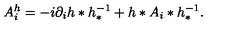
A _ { i } ^ { h } = - i \partial _ { i } h * h _ { * } ^ { - 1 } + h * A _ { i } * h _ { * } ^ { - 1 } .